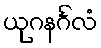
ယုဂနင်္ဂလံ